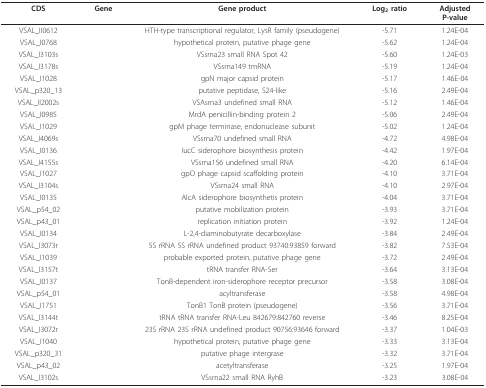
<table><thead><tr><td><b>CDS</b></td><td><b>Gene</b></td><td><b>Gene product</b></td><td><b>Log<sub>2 </sub>ratio</b></td><td><b>AdjustedP-value</b></td></tr></thead><tbody><tr><td>VSAL_II0612</td><td></td><td>HTH-type transcriptional regulator, LysR family (pseudogene)</td><td>-5.71</td><td>1.24E-04</td></tr><tr><td>VSAL_I0768</td><td></td><td>hypothetical protein, putative phage gene</td><td>-5.62</td><td>1.24E-04</td></tr><tr><td>VSAL_I3103s</td><td></td><td>VSsrna23 small RNA Spot 42</td><td>-5.60</td><td>1.24E-03</td></tr><tr><td>VSAL_I3178s</td><td></td><td>VSsrna149 tmRNA</td><td>-5.19</td><td>1.24E-04</td></tr><tr><td>VSAL_I1028</td><td></td><td>gpN major capsid protein</td><td>-5.17</td><td>1.46E-04</td></tr><tr><td>VSAL_p320_13</td><td></td><td>putative peptidase, S24-like</td><td>-5.16</td><td>2.49E-04</td></tr><tr><td>VSAL_II2002s</td><td></td><td>VSAsrna3 undefined small RNA</td><td>-5.12</td><td>1.46E-04</td></tr><tr><td>VSAL_I0985</td><td></td><td>MrdA penicillin-binding protein 2</td><td>-5.06</td><td>2.49E-04</td></tr><tr><td>VSAL_I1029</td><td></td><td>gpM phage terminase, endonuclease subunit</td><td>-5.02</td><td>1.24E-04</td></tr><tr><td>VSAL_I4069s</td><td></td><td>VSsrna70 undefined small RNA</td><td>-4.72</td><td>4.98E-04</td></tr><tr><td>VSAL_I0136</td><td></td><td>IucC siderophore biosynthesis protein</td><td>-4.42</td><td>1.97E-04</td></tr><tr><td>VSAL_I4155s</td><td></td><td>VSsrna156 undefined small RNA</td><td>-4.20</td><td>6.14E-04</td></tr><tr><td>VSAL_I1027</td><td></td><td>gpO phage capsid scaffolding protein</td><td>-4.10</td><td>3.71E-04</td></tr><tr><td>VSAL_I3104s</td><td></td><td>VSsrna24 small RNA</td><td>-4.10</td><td>2.97E-04</td></tr><tr><td>VSAL_I0135</td><td></td><td>AlcA siderophore biosynthetis protein</td><td>-4.04</td><td>3.71E-04</td></tr><tr><td>VSAL_p54_02</td><td></td><td>putative mobilization protein</td><td>-3.93</td><td>3.71E-04</td></tr><tr><td>VSAL_p43_01</td><td></td><td>replication initiation protein</td><td>-3.92</td><td>1.24E-04</td></tr><tr><td>VSAL_I0134</td><td></td><td>L-2,4-diaminobutyrate decarboxylase</td><td>-3.84</td><td>2.49E-04</td></tr><tr><td>VSAL_I3073r</td><td></td><td>5S rRNA 5S rRNA undefined product 93740:93859 forward</td><td>-3.82</td><td>7.53E-04</td></tr><tr><td>VSAL_I1039</td><td></td><td>probable exported protein, putative phage gene</td><td>-3.72</td><td>2.49E-04</td></tr><tr><td>VSAL_I3157t</td><td></td><td>tRNA transfer RNA-Ser</td><td>-3.64</td><td>3.13E-04</td></tr><tr><td>VSAL_I0137</td><td></td><td>TonB-dependent iron-siderophore receptor precursor</td><td>-3.58</td><td>3.08E-04</td></tr><tr><td>VSAL_p54_01</td><td></td><td>acyltransferase</td><td>-3.58</td><td>4.98E-04</td></tr><tr><td>VSAL_I1751</td><td></td><td>TonB1 TonB protein (pseudogene)</td><td>-3.56</td><td>3.71E-04</td></tr><tr><td>VSAL_I3144t</td><td></td><td>tRNA tRNA transfer RNA-Leu 842679:842760 reverse</td><td>-3.46</td><td>8.25E-04</td></tr><tr><td>VSAL_I3072r</td><td></td><td>23S rRNA 23S rRNA undefined product 90756:93646 forward</td><td>-3.37</td><td>1.04E-03</td></tr><tr><td>VSAL_I1040</td><td></td><td>hypothetical protein, putative phage gene</td><td>-3.33</td><td>3.13E-04</td></tr><tr><td>VSAL_p320_31</td><td></td><td>putative phage intergrase</td><td>-3.32</td><td>3.71E-04</td></tr><tr><td>VSAL_p43_02</td><td></td><td>acetyltransferase</td><td>-3.25</td><td>1.97E-04</td></tr><tr><td>VSAL_I3102s</td><td></td><td>VSsrna22 small RNA RyhB</td><td>-3.23</td><td>3.08E-04</td></tr></tbody></table>